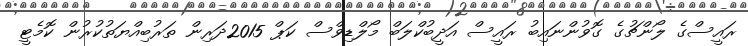
ރައީސްގެ ލޯންޗުގެ ގޮވުންނައިބު ރައީސް އަދީބުކްލަބް މޯލްޑިވްސް ކަޕް 2015ދަރިން ތަރުބިއްޔަތުކުރުން ކޮމެޓީ